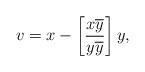
LaTeX: \begin{align*}v=x-\left[ \frac{x\overline{y}}{y\overline{y}}\right] y, \end{align*}